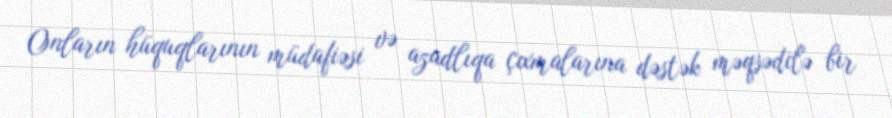
Onların hüquqlarının müdafiəsi və azadlıqa çıxmalarına dəstək məqsədilə bir